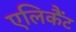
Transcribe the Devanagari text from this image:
एलिकैंट